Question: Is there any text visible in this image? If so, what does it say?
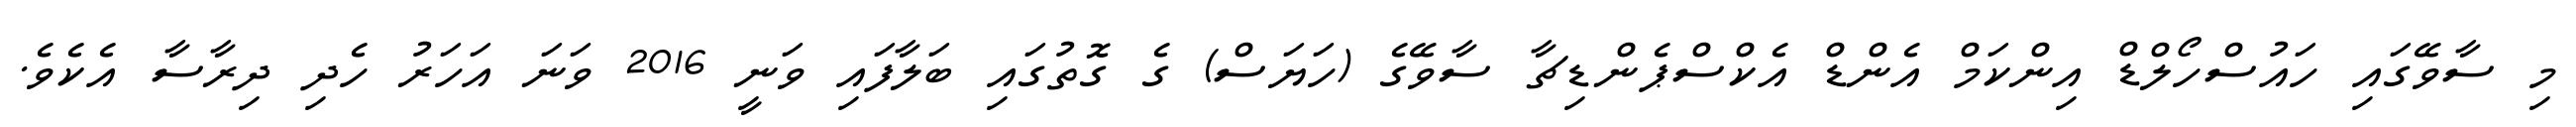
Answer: މި ސާވޭގައި ހައުސްހޯލްޑް އިންކަމް އެންޑް އެކްސްޕެންޑިޗާ ސާވޭގެ (ހަޔަސް) ގެ ގޮތުގައި ބަލާފައި ވަނީ 2016 ވަނަ އަހަރު ހެދި ދިރާސާ އެކެވެ.